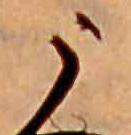
う